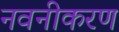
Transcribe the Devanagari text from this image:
नवनीकरण